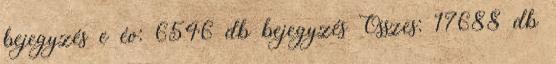
bejegyzés e év: 6546 db bejegyzés Összes: 17688 db